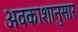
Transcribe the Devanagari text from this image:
अवकाशानुसार